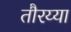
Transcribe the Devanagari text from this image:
तौरय्या